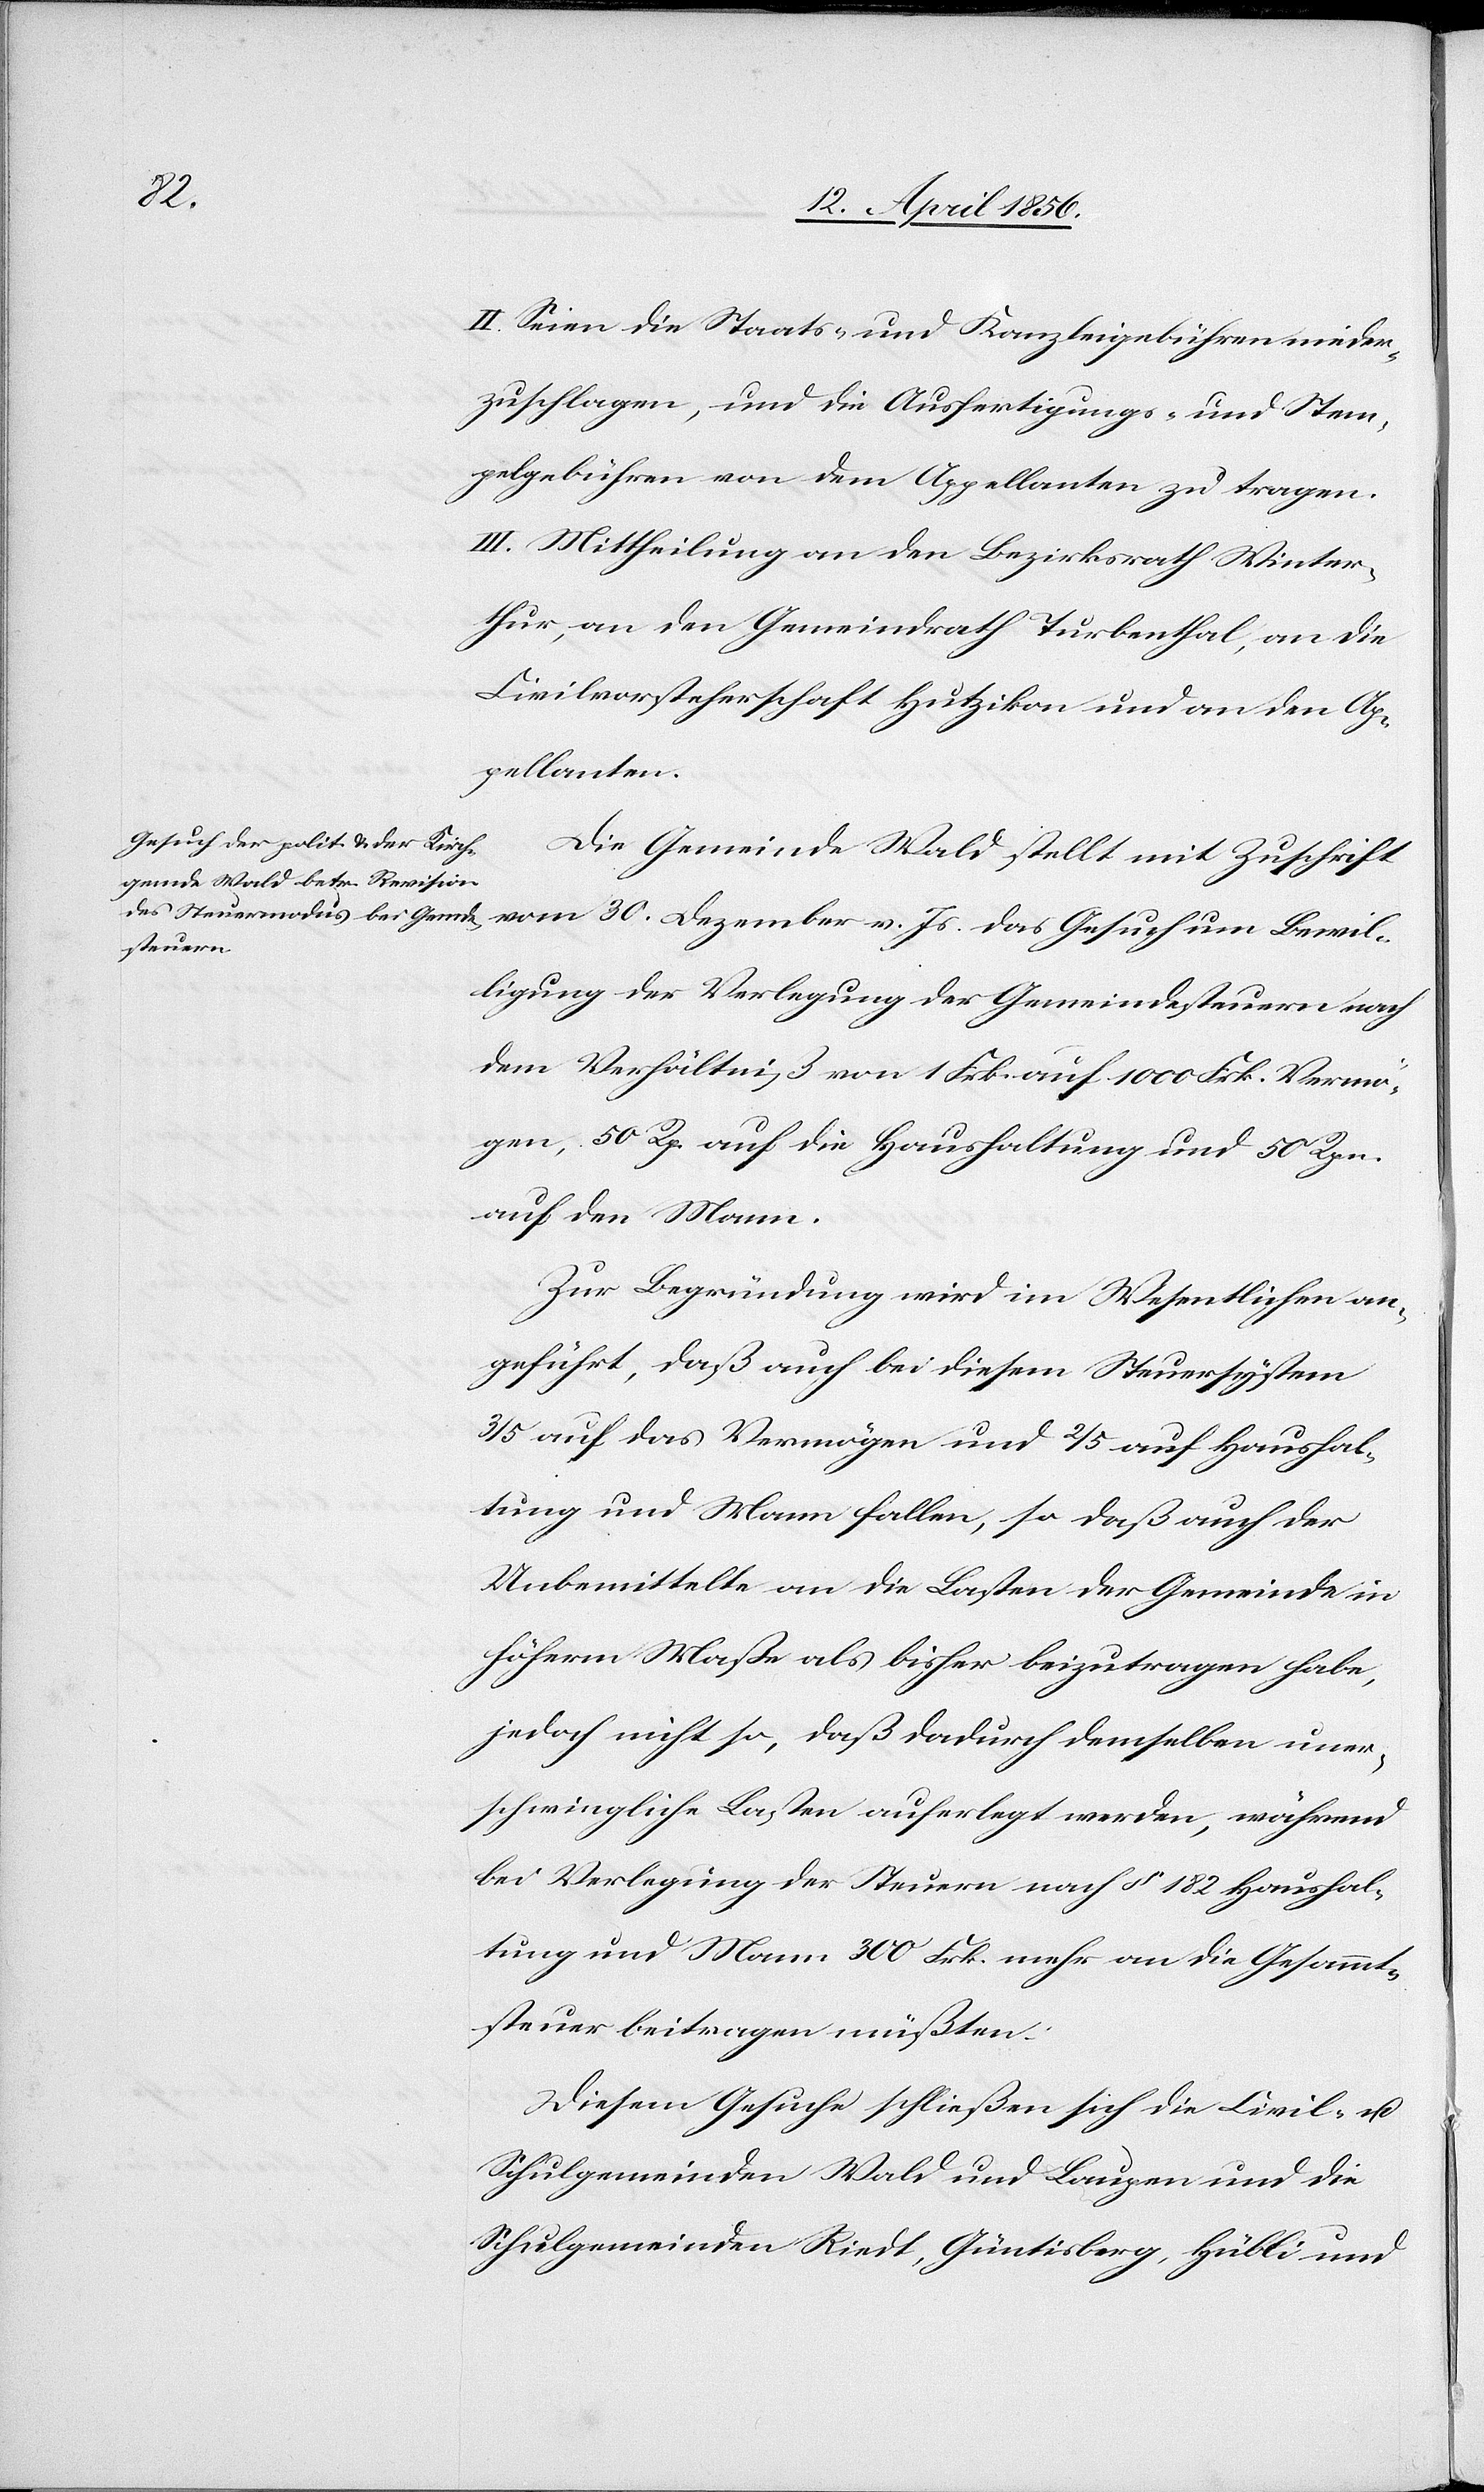
II. Seien die Staats- und Kanzleigebühren nieder¬
zuschlagen, und die Ausfertigungs- und Stem¬
pelgebühren von dem Appellanten zu tragen.
III. Mittheilung an den Bezirksrath Winter¬
thur, an den Gemeindrath Turbenthal, an die
Civilvorsteherschaft Hutzikon und an den Ap¬
pellanten.
Die Gemeinde Wald stellt mit Zuschrift
vom 30. Dezember v. Js. das Gesuch um Bewil¬
ligung der Verlegung der Gemeindesteuern nach
dem Verhältniß von 1 Frk. auf 1000 Frk. Vermö¬
gen, 50 Rp. auf die Haushaltung und 50 Rp.
auf den Mann.
Zur Begründung wird im Wesentlichen an¬
geführt, daß auch bei diesem Steuersystem
3/5 auf das Vermögen und 2/5 auf Haushal¬
tung und Mann fallen, so daß auch der
Unbemittelte an die Lasten der Gemeinde in
höherm Maße als bisher beizutragen habe,
jedoch nicht so, daß dadurch demselben uner¬
schwingliche Lasten auferlegt werden, während
bei Verlegung der Steuern nach § 182 Haushal¬
tung und Mann 300 Frk. mehr an die Gesammt¬
steuer beitragen müßten.
Diesem Gesuche schließen sich die Civil- u.
Schulgemeinden Wald und Laupen und die
Schulgemeinde Riedt, Güntisberg, Hübli und